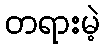
တရားမဲ့